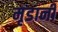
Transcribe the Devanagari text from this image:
मृडानी